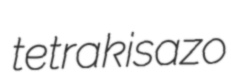
tetrakisazo